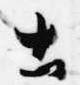
土